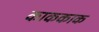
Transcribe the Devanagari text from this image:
काककाक